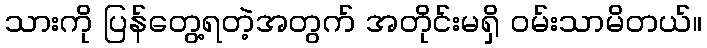
သားကို ပြန်တွေ့ရတဲ့အတွက် အတိုင်းမရှိ ဝမ်းသာမိတယ်။